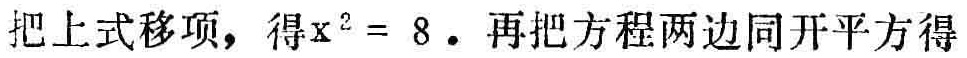
把上式移项，得\(x^{2}= 8\)．再把方程两边同开平方得